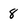
Character: 8